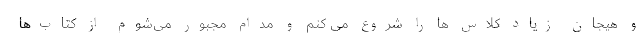
و هیجان زیاد کلاس ها را شروع می کنم و مدام مجبور می‌شوم از کتاب‌ها